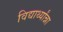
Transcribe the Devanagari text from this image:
विद्यार्थ्यांन्ना